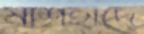
মাশহাদে